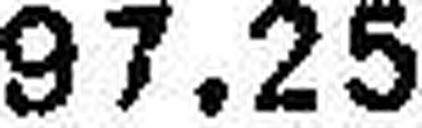
97.25